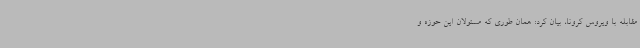
مقابله با ویروس کرونا، بیان کرد: همان طوری که مسئولان این حوزه و